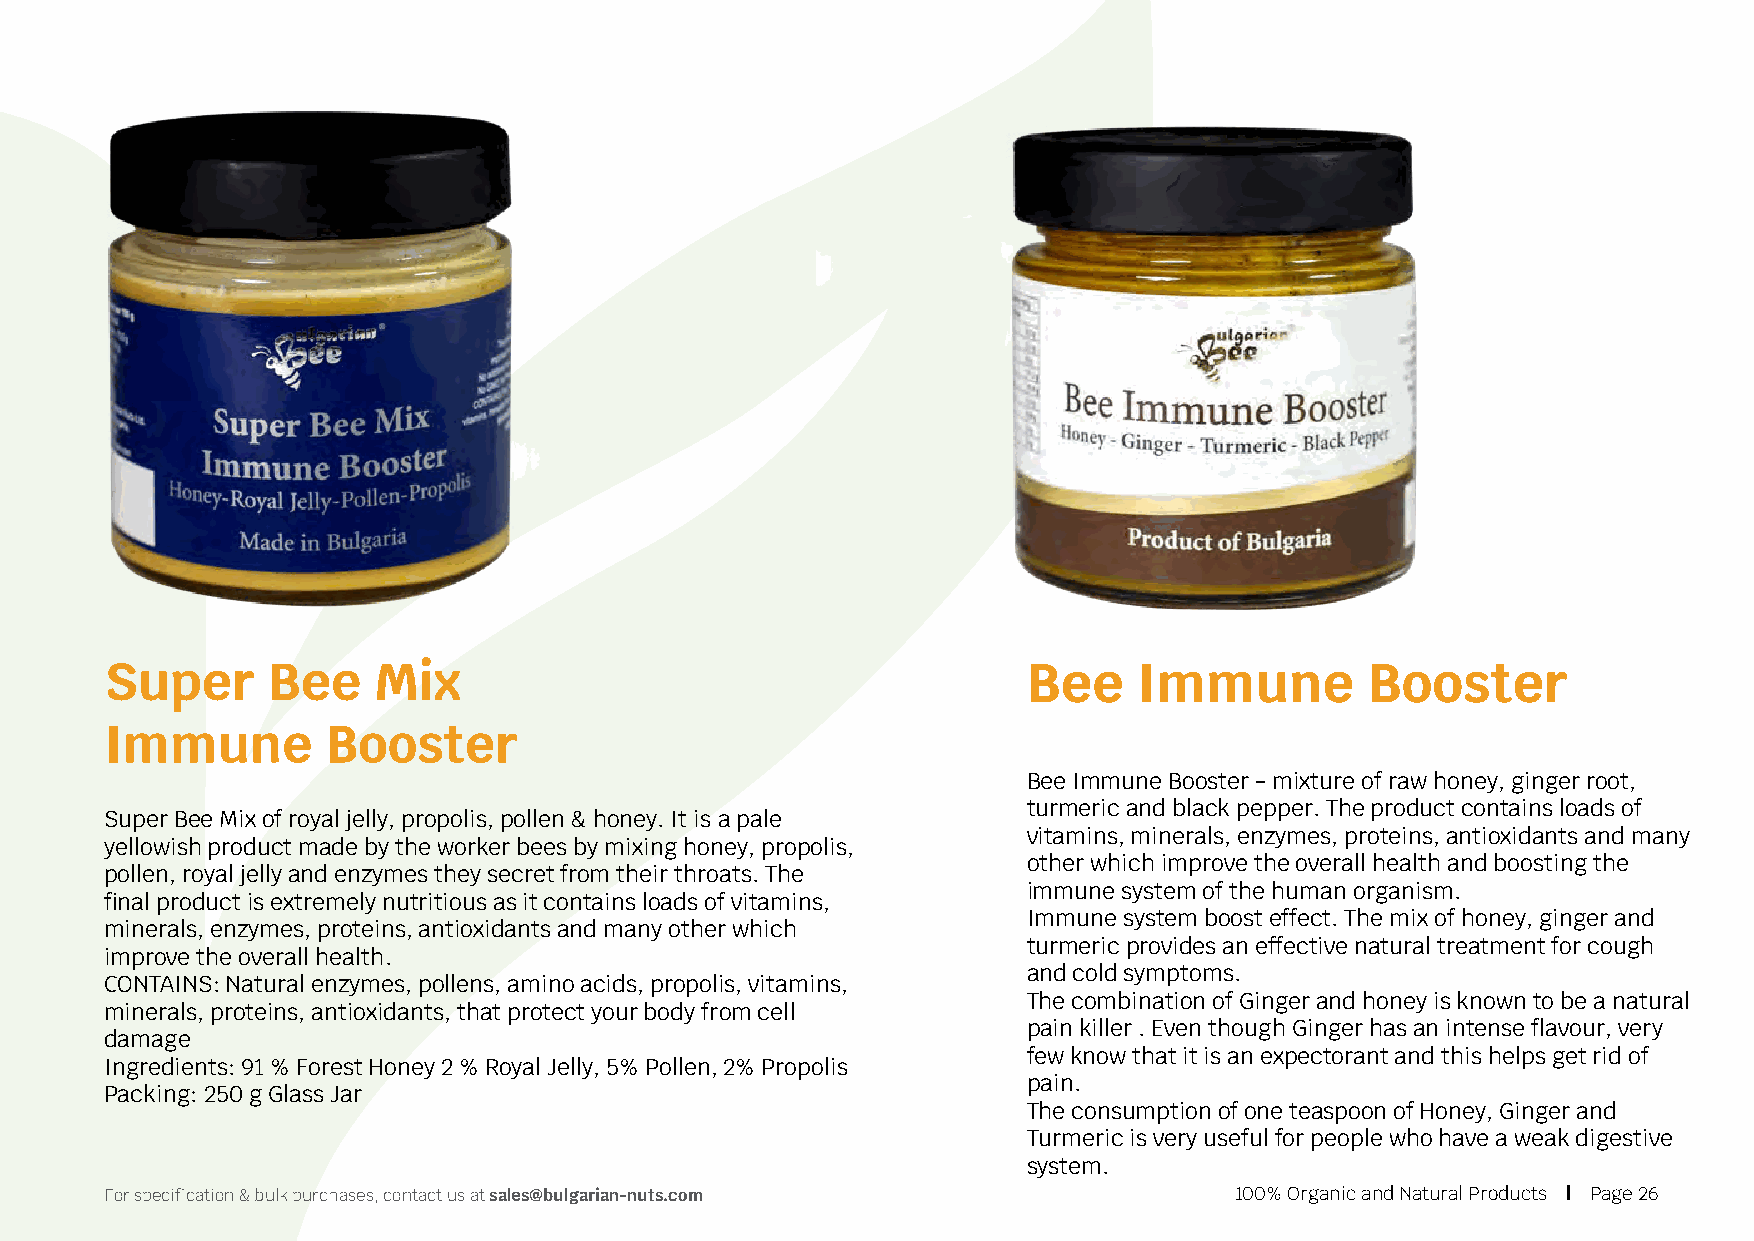
Super      Bee    Mix                                        Bee    Immune          Booster
 Immune         Booster
 Bee Immune Booster - mixture of raw honey, ginger root,
 turmeric and black pepper. The product contains loads of
 Super Bee Mix of royal jelly, propolis, pollen & honey. It is a pale
 vitamins, minerals, enzymes, proteins, antioxidants and many
 yellowish product made by the worker bees by mixing honey, propolis,
 other which improve the overall health and boosting the
 pollen, royal jelly and enzymes they secret from their throats. The
 immune system of the human organism.
 final product is extremely nutritious as it contains loads of vitamins,
 Immune system boost effect. The mix of honey, ginger and
 minerals, enzymes, proteins, antioxidants and many other which
 turmeric provides an effective natural treatment for cough
 improve the overall health.
 and cold symptoms.
 CONTAINS: Natural enzymes, pollens, amino acids, propolis, vitamins,
 The combination of Ginger and honey is known to be a natural
 minerals, proteins, antioxidants, that protect your body from cell
 pain killer . Even though Ginger has an intense flavour, very
 damage
 few know that it is an expectorant and this helps get rid of
 Ingredients: 91 % Forest Honey 2 % Royal Jelly, 5% Pollen, 2% Propolis
 pain.
 Packing: 250 g Glass Jar
 The consumption of one teaspoon of Honey, Ginger and
 Turmeric is very useful for people who have a weak digestive
 system.
 For specification & bulk purchases, contact us at sales@bulgarian-nuts.com 100% Organic and Natural Products | Page 26